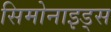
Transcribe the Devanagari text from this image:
सिमोनाइड्स